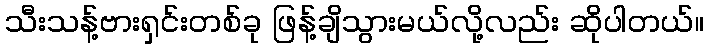
သီးသန့်ဗားရှင်းတစ်ခု ဖြန့်ချိသွားမယ်လို့လည်း ဆိုပါတယ်။